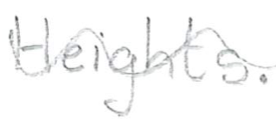
Text: Heights.
Cross-out: mix
Writing tool: pencil